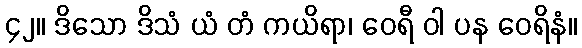
၄၂။ ဒိသော ဒိသံ ယံ တံ ကယိရာ၊ ဝေရီ ဝါ ပန ဝေရိနံ။